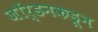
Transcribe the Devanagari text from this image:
जॉर्डनकडून